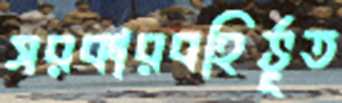
সরকারবহির্ভূত